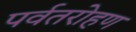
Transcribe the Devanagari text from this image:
पर्वतरोहण